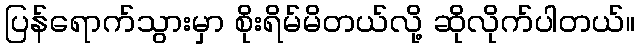
ပြန်ရောက်သွားမှာ စိုးရိမ်မိတယ်လို့ ဆိုလိုက်ပါတယ်။